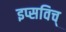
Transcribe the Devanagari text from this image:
इप्सविच्‌